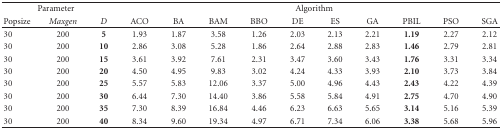
<table><thead><tr><td colspan="3"><b>Parameter</b></td><td colspan="10"><b>Algorithm</b></td></tr><tr><td><b>Popsize</b></td><td><b><i>Maxgen </i></b></td><td><b>D</b></td><td><b>ACO</b></td><td><b>BA</b></td><td><b>BAM</b></td><td><b>BBO</b></td><td><b>DE</b></td><td><b>ES</b></td><td><b>GA</b></td><td><b>PBIL</b></td><td><b>PSO</b></td><td><b>SGA</b></td></tr></thead><tbody><tr><td>30</td><td>200</td><td><b>5</b></td><td>1.93</td><td>1.87</td><td>3.58</td><td>1.26</td><td>2.03</td><td>2.13</td><td>2.21</td><td><b>1.19</b></td><td>2.27</td><td>2.12</td></tr><tr><td>30</td><td>200</td><td><b>10</b></td><td>2.86</td><td>3.08</td><td>5.28</td><td>1.86</td><td>2.64</td><td>2.88</td><td>2.83</td><td><b>1.46</b></td><td>2.79</td><td>2.81</td></tr><tr><td>30</td><td>200</td><td><b>15</b></td><td>3.61</td><td>3.92</td><td>7.61</td><td>2.31</td><td>3.47</td><td>3.60</td><td>3.43</td><td><b>1.76</b></td><td>3.31</td><td>3.34</td></tr><tr><td>30</td><td>200</td><td><b>20</b></td><td>4.50</td><td>4.95</td><td>9.83</td><td>3.02</td><td>4.24</td><td>4.33</td><td>3.93</td><td><b>2.10</b></td><td>3.73</td><td>3.84</td></tr><tr><td>30</td><td>200</td><td><b>25</b></td><td>5.57</td><td>5.83</td><td>12.06</td><td>3.37</td><td>5.00</td><td>4.96</td><td>4.43</td><td><b>2.43</b></td><td>4.22</td><td>4.39</td></tr><tr><td>30</td><td>200</td><td><b>30</b></td><td>6.44</td><td>7.30</td><td>14.40</td><td>3.86</td><td>5.58</td><td>5.84</td><td>4.91</td><td><b>2.75</b></td><td>4.70</td><td>4.90</td></tr><tr><td>30</td><td>200</td><td><b>35</b></td><td>7.30</td><td>8.39</td><td>16.84</td><td>4.46</td><td>6.23</td><td>6.63</td><td>5.65</td><td><b>3.14</b></td><td>5.16</td><td>5.39</td></tr><tr><td>30</td><td>200</td><td><b>40</b></td><td>8.34</td><td>9.60</td><td>19.34</td><td>4.97</td><td>6.71</td><td>7.34</td><td>6.06</td><td><b>3.38</b></td><td>5.68</td><td>5.96</td></tr></tbody></table>